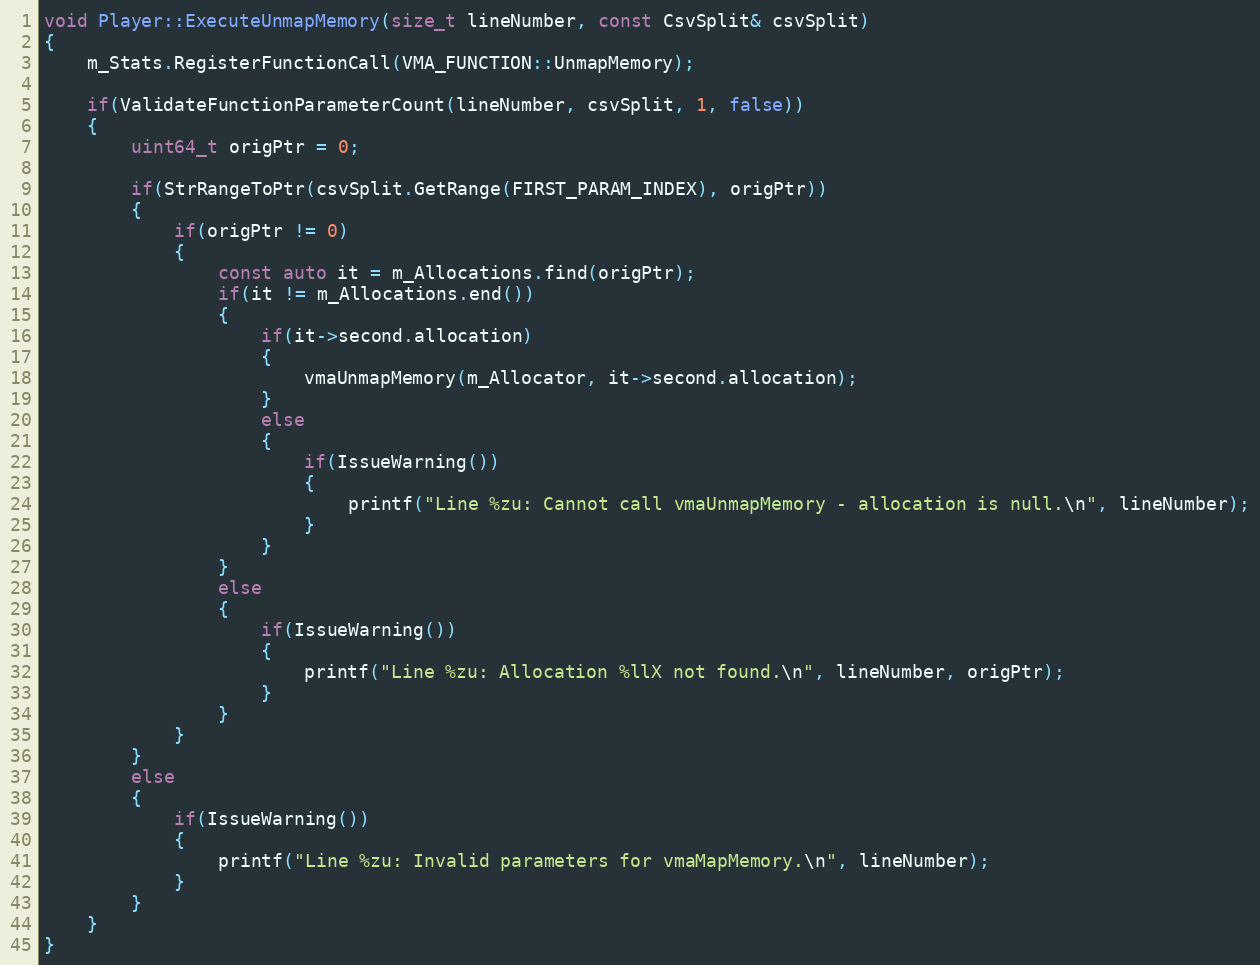
Language: C++
void Player::ExecuteUnmapMemory(size_t lineNumber, const CsvSplit& csvSplit)
{
    m_Stats.RegisterFunctionCall(VMA_FUNCTION::UnmapMemory);

    if(ValidateFunctionParameterCount(lineNumber, csvSplit, 1, false))
    {
        uint64_t origPtr = 0;

        if(StrRangeToPtr(csvSplit.GetRange(FIRST_PARAM_INDEX), origPtr))
        {
            if(origPtr != 0)
            {
                const auto it = m_Allocations.find(origPtr);
                if(it != m_Allocations.end())
                {
                    if(it->second.allocation)
                    {
                        vmaUnmapMemory(m_Allocator, it->second.allocation);
                    }
                    else
                    {
                        if(IssueWarning())
                        {
                            printf("Line %zu: Cannot call vmaUnmapMemory - allocation is null.\n", lineNumber);
                        }
                    }
                }
                else
                {
                    if(IssueWarning())
                    {
                        printf("Line %zu: Allocation %llX not found.\n", lineNumber, origPtr);
                    }
                }
            }
        }
        else
        {
            if(IssueWarning())
            {
                printf("Line %zu: Invalid parameters for vmaMapMemory.\n", lineNumber);
            }
        }
    }
}